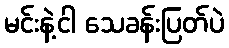
မင်းနဲ့ငါ သေခန်းပြတ်ပဲ